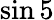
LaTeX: \sin 5